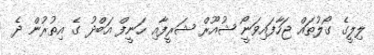
ލިލީގެ ގޯލުތައް ޖަހާފައިވަނީޯ ޝުއޫރް ޝަރީފާއި ހަނީފް އަބްދު ގެ އިތުރުން ދެ